Taavet_Bergmanni_abiraha_sihtasutus, lk 17
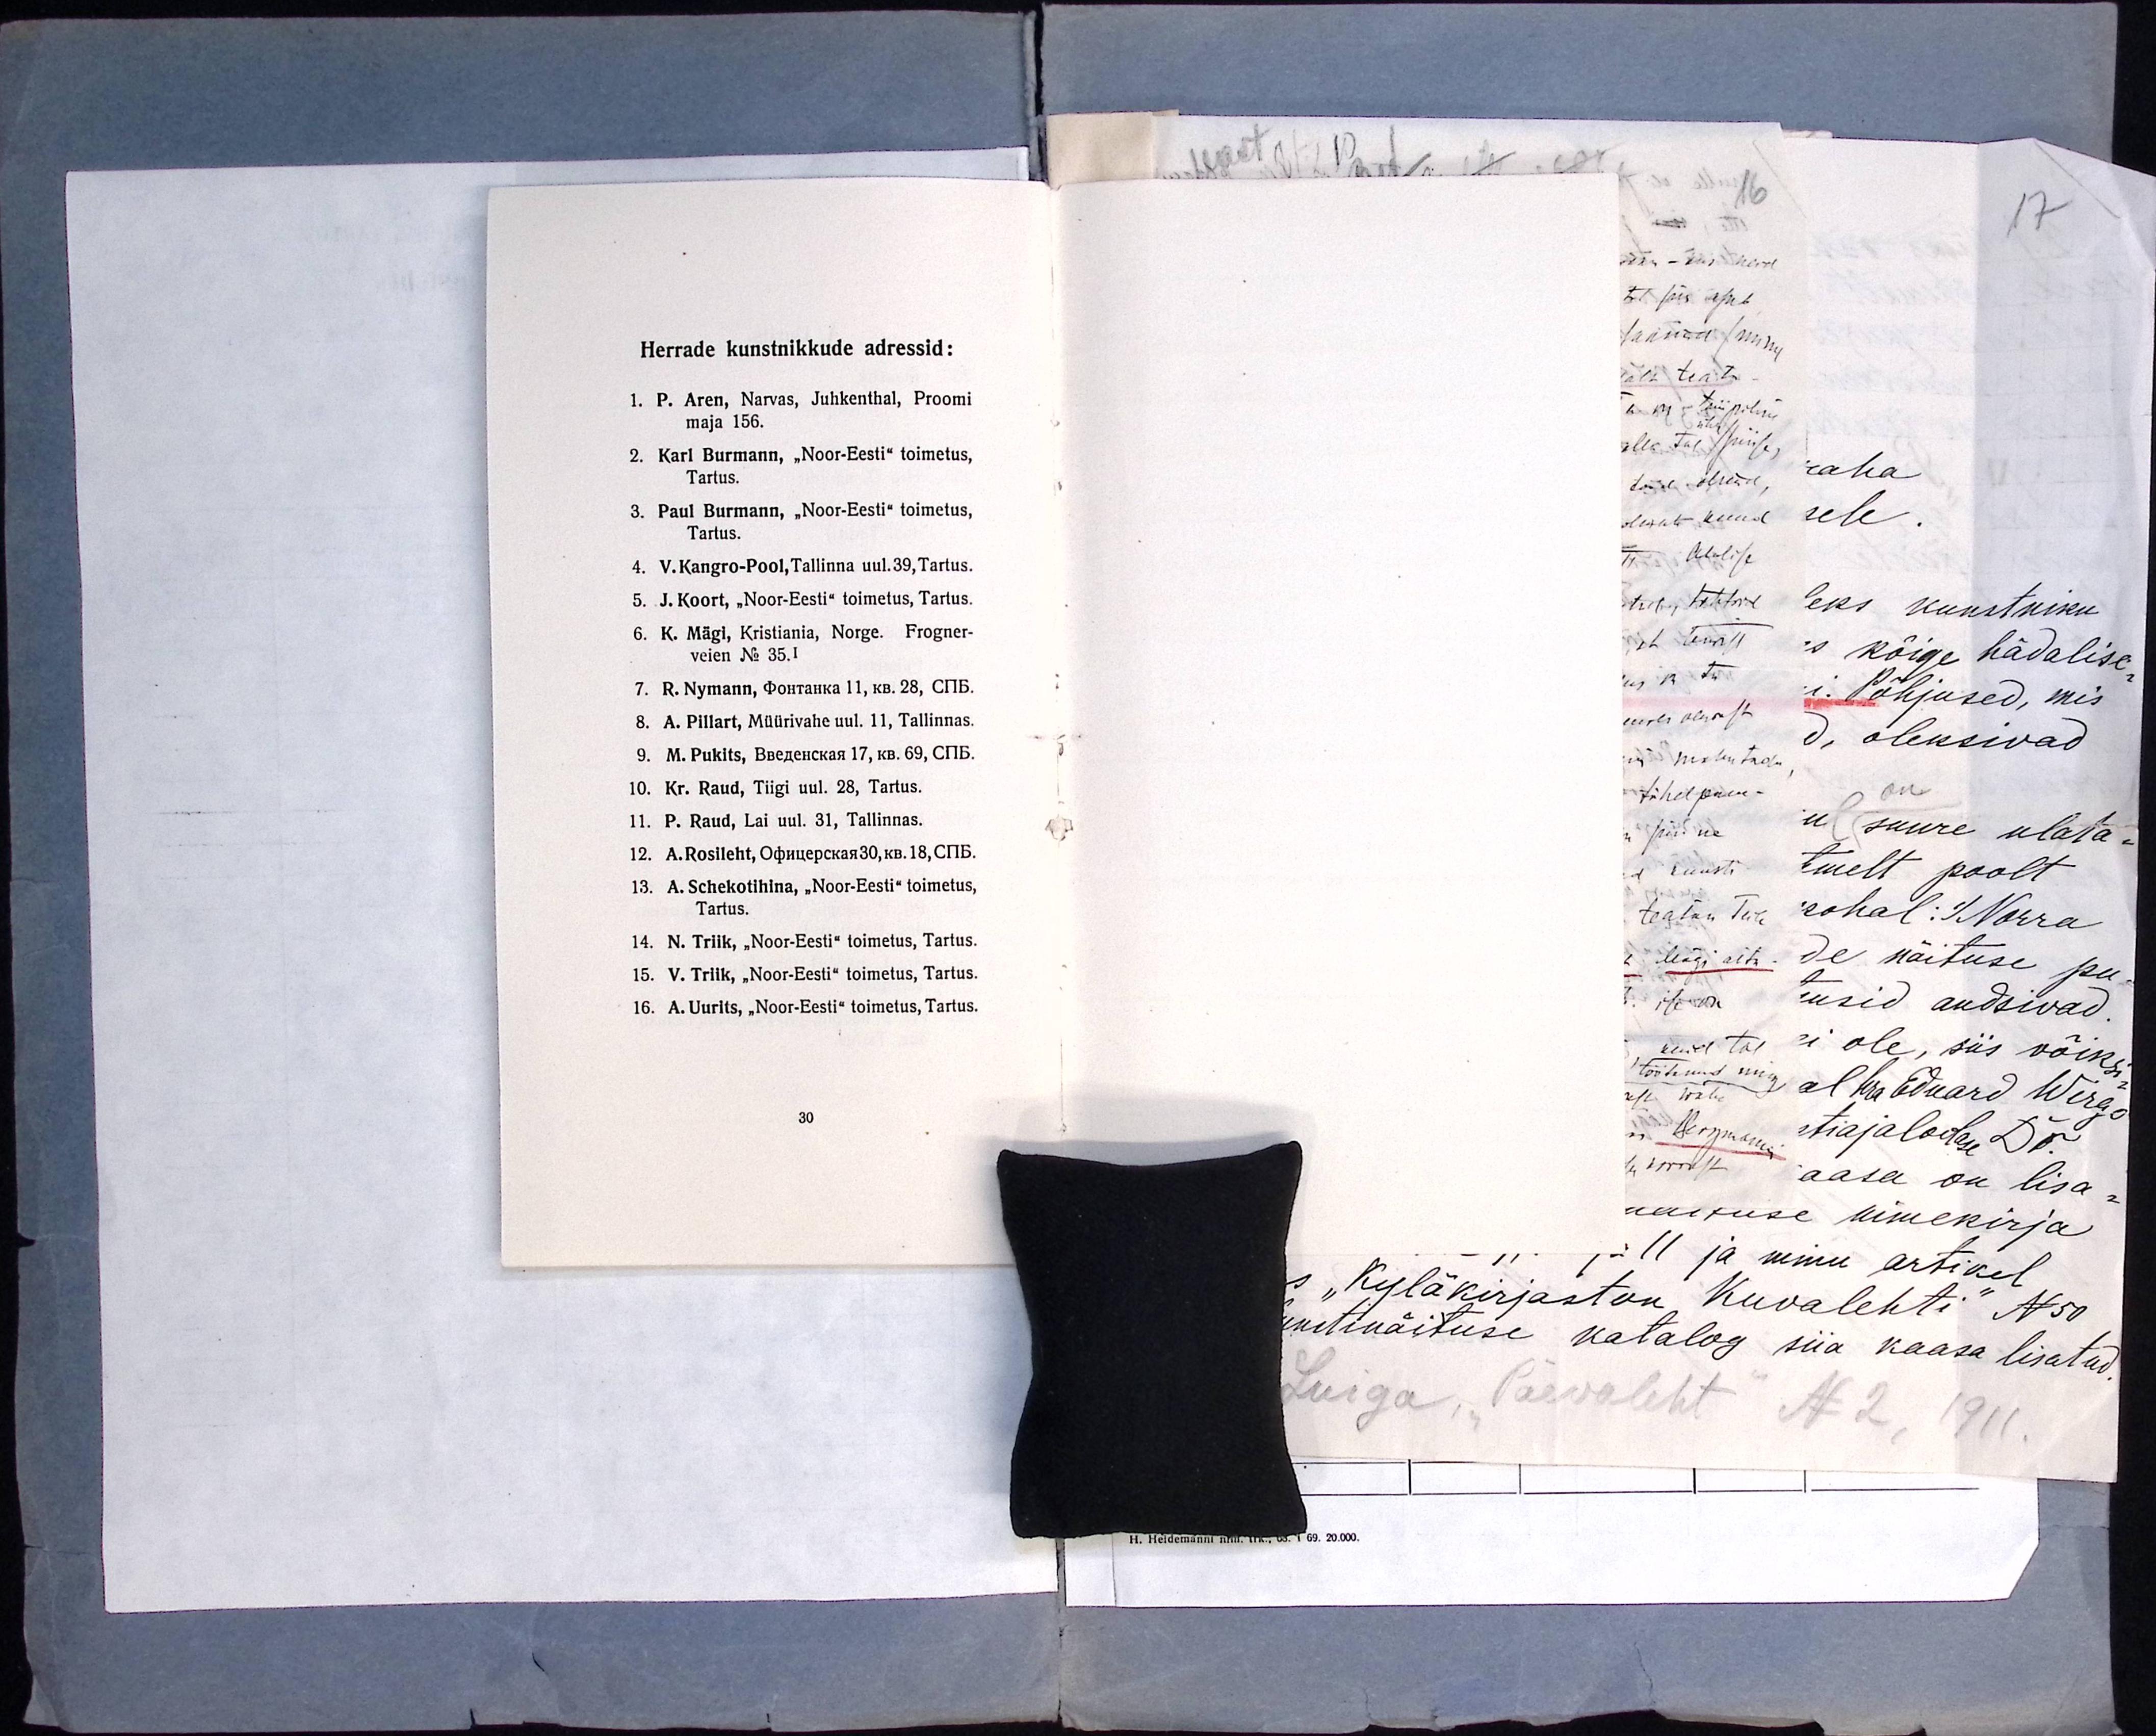
Herrade kunstnikkude adressid:
1. P. Aren, Narvas, Juhkenthal, Proomi
maja 156.
2. Karl Burmann, "Noor-Eesti" toimetus,
Tartus.
3. Paul Burmann, "Noor-Eesti" toimetus,
Tartus.
4. V. Kangro-Pool, Tallinna uul. 39, Tartus.
5. J. Koort, "Noor-Eesti" toimetus, Tartus.
6. K. Mägi, Kristiania, Norge. Frogner-
veien No 35.I
7. R. Nymann, Фонтанка 11, кв. 28, СПБ.
8. A. Pillart, Müürivahe uul. 11, Tallinnas.
9. M. Pukits,  Введенская 17, кв. 69, СПБ.
10. Kr. Raud, Tiigi uul. 28, Tartus.
11. P. Raud, Lai uul. 31, Tallinnas.
12. A. Rosileht, Офйцерская 30, кв. 18, СПБ.
13. A. Schekotihina, "Noor-Eesti" toimetus,
Tartus.
14. N. Triik, "Noor-Eesti" toimetus, Tartus.
15. V. Triik, "Noor-Eesti" toimetus, Tartus.
16. A.Uurits, "Noor-Eesti" toimetus, Tartus.